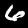
Digit: 6